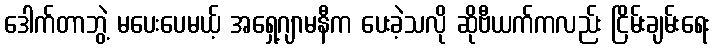
ဒေါက်တာဘွဲ့ မပေးပေမယ့် အရှေ့ဂျာမနီက ပေးခဲ့သလို ဆိုဗီယက်ကလည်း ငြိမ်းချမ်းရေး